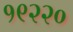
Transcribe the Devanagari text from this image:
१९२२०